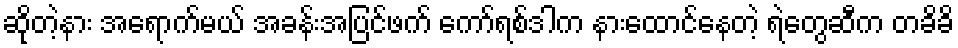
ဆိုတဲ့နား အရောက်မယ် အခန်းအပြင်ဖက် ကော်ရစ်ဒါက နားထောင်နေတဲ့ ရဲတွေဆီက တခိခိ